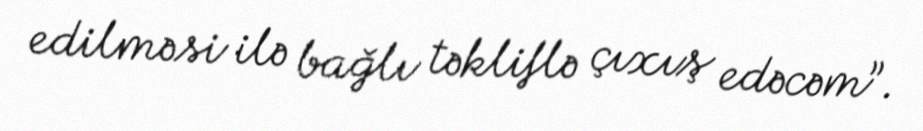
edilməsi ilə bağlı təkliflə çıxış edəcəm”.